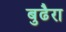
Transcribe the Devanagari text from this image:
बुढैरा